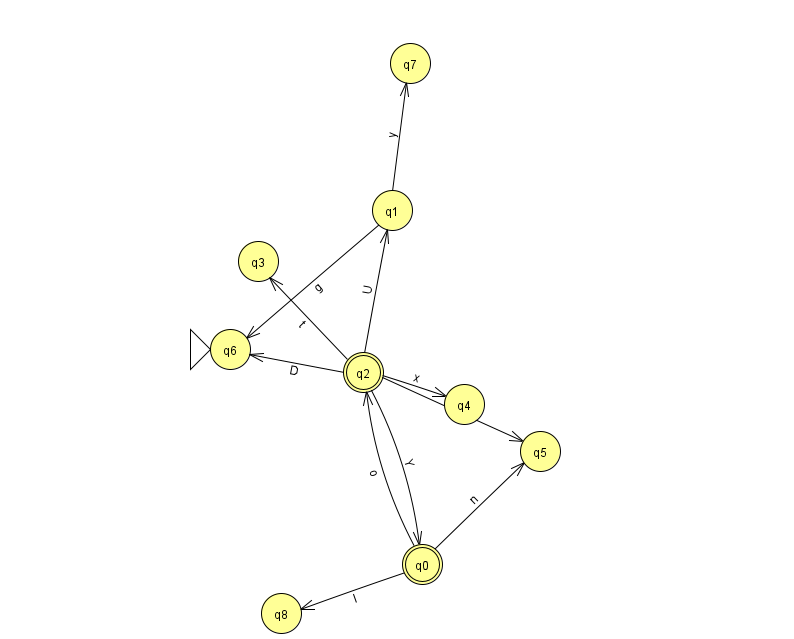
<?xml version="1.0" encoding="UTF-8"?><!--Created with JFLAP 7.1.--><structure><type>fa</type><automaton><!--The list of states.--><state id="0" name="q0"><x>422.0</x><y>551.0</y><final/></state><state id="1" name="q1"><x>392.0</x><y>197.0</y></state><state id="2" name="q2"><x>363.0</x><y>359.0</y><final/></state><state id="3" name="q3"><x>258.0</x><y>248.0</y></state><state id="4" name="q4"><x>464.0</x><y>391.0</y></state><state id="5" name="q5"><x>540.0</x><y>438.0</y></state><state id="6" name="q6"><x>230.0</x><y>336.0</y><initial/></state><state id="7" name="q7"><x>410.0</x><y>50.0</y></state><state id="8" name="q8"><x>281.0</x><y>600.0</y></state><!--The list of transitions.--><transition><from>0</from><to>8</to><read>I</read></transition><transition><from>2</from><to>0</to><read>Y</read></transition><transition><from>0</from><to>2</to><read>o</read></transition><transition><from>1</from><to>7</to><read>y</read></transition><transition><from>2</from><to>6</to><read>D</read></transition><transition><from>0</from><to>5</to><read>n</read></transition><transition><from>2</from><to>3</to><read>t</read></transition><transition><from>2</from><to>5</to><read>v</read></transition><transition><from>2</from><to>4</to><read>x</read></transition><transition><from>1</from><to>6</to><read>g</read></transition><transition><from>2</from><to>1</to><read>U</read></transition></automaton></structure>